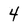
Character: 4